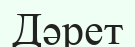
Дәрет